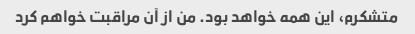
متشکرم، این همه خواهد بود. من از آن مراقبت خواهم کرد